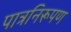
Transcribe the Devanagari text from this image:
पात्रनिरूपण